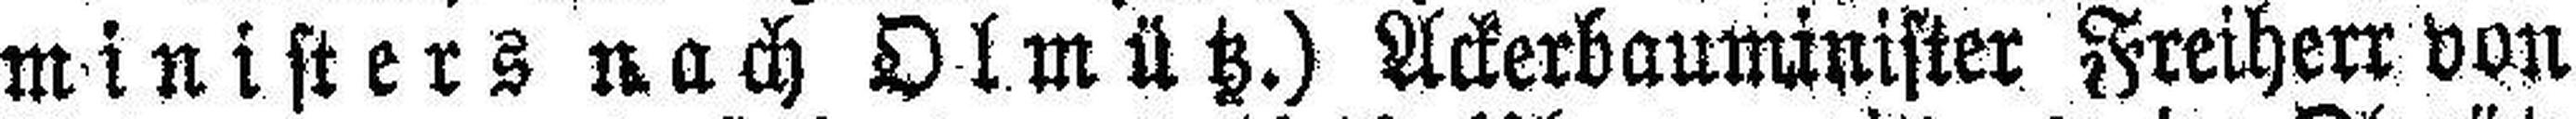
ministers nach Olmütz.) Ackerbauminister Freiherr von